Civil Veterinary Department Bihar & Orissa reports 1911-21 - 1911-1921
Year: 1911
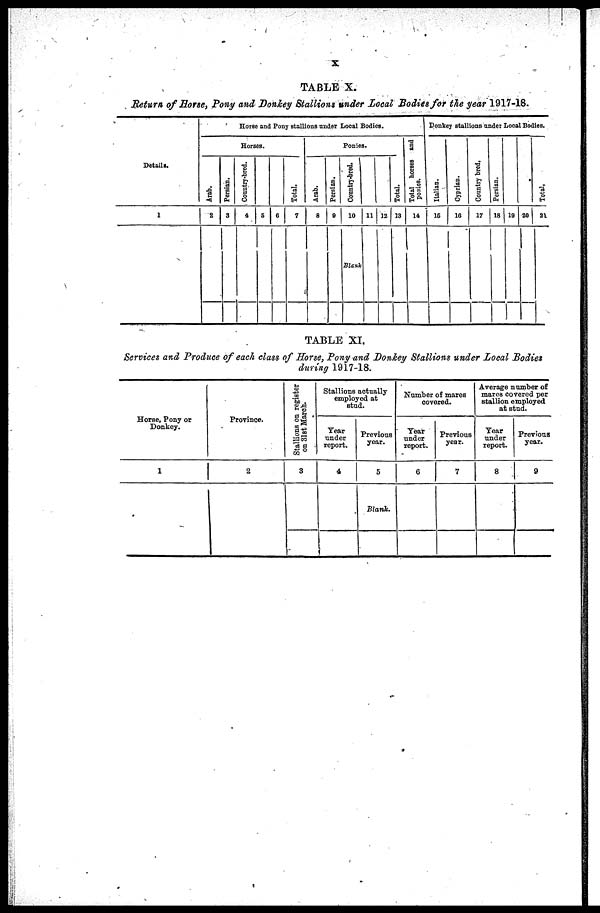
X
TABLE X.
Return of Horse, Pony and Donkey Stallions under Local Bodies for the year 1917-18.
Details.
1
Horse an Pony stallions under Local Bodies.
Horses.
Arab.
2
Persian.
3
Country-bred.
4
5
6
Total.
7
Ponies.
Arab.
8
Persian.
9
Country-bred.
10
Blank
11 12
Total.
13
Total horses and
ponies.
14
Donkey stallions under Local Bodies.
Italian.
16
Cyprian.
10
Country bred.
17
Persian.
18 19 20
Total.
21
TABLE XI,
Services and Produce of each class of Horse, Pony and Donkey Stallions under Local Bodies
during 1917-18.
Horse, Pony or
Donkey.
1
Province.
2
Stallions on register
on 31st March.
3
Stallions actually
employed at
stud.
Tear
under
report.
4
Previous
year.
5
Blank.
Number of mares
covered.
Year
under
report.
6
Previous
year.
7
Average number of
marcs covered per
stallion employed
at stud.
Year
under
report.
8
Previous
year.
9